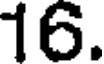
16.